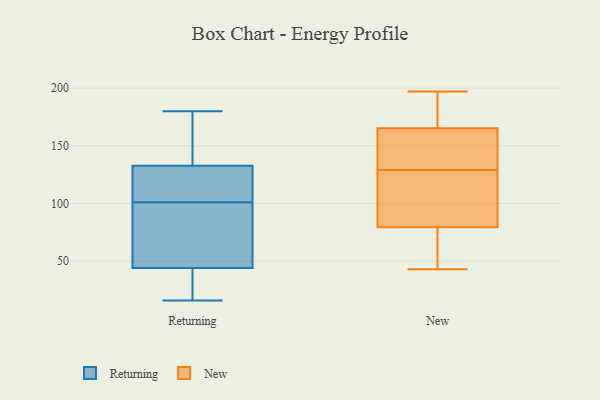
{"axis": {"x": "Satisfaction Score", "y": "Value"}, "legend": ["New", "Returning"], "data": [{"x": "", "y": 31, "type": "Returning"}, {"x": "", "y": 42, "type": "Returning"}, {"x": "", "y": 171, "type": "Returning"}, {"x": "", "y": 16, "type": "Returning"}, {"x": "", "y": 101, "type": "Returning"}, {"x": "", "y": 120, "type": "Returning"}, {"x": "", "y": 166, "type": "Returning"}, {"x": "", "y": 50, "type": "Returning"}, {"x": "", "y": 58, "type": "Returning"}, {"x": "", "y": 135, "type": "Returning"}, {"x": "", "y": 180, "type": "Returning"}, {"x": "", "y": 126, "type": "Returning"}, {"x": "", "y": 31, "type": "Returning"}, {"x": "", "y": 82, "type": "Returning"}, {"x": "", "y": 115, "type": "Returning"}, {"x": "", "y": 111, "type": "New"}, {"x": "", "y": 43, "type": "New"}, {"x": "", "y": 197, "type": "New"}, {"x": "", "y": 148, "type": "New"}, {"x": "", "y": 88, "type": "New"}, {"x": "", "y": 102, "type": "New"}, {"x": "", "y": 45, "type": "New"}, {"x": "", "y": 142, "type": "New"}, {"x": "", "y": 129, "type": "New"}, {"x": "", "y": 134, "type": "New"}, {"x": "", "y": 182, "type": "New"}, {"x": "", "y": 50, "type": "New"}, {"x": "", "y": 186, "type": "New"}, {"x": "", "y": 165, "type": "New"}, {"x": "", "y": 166, "type": "New"}, {"x": "", "y": 96, "type": "New"}, {"x": "", "y": 54, "type": "New"}]}